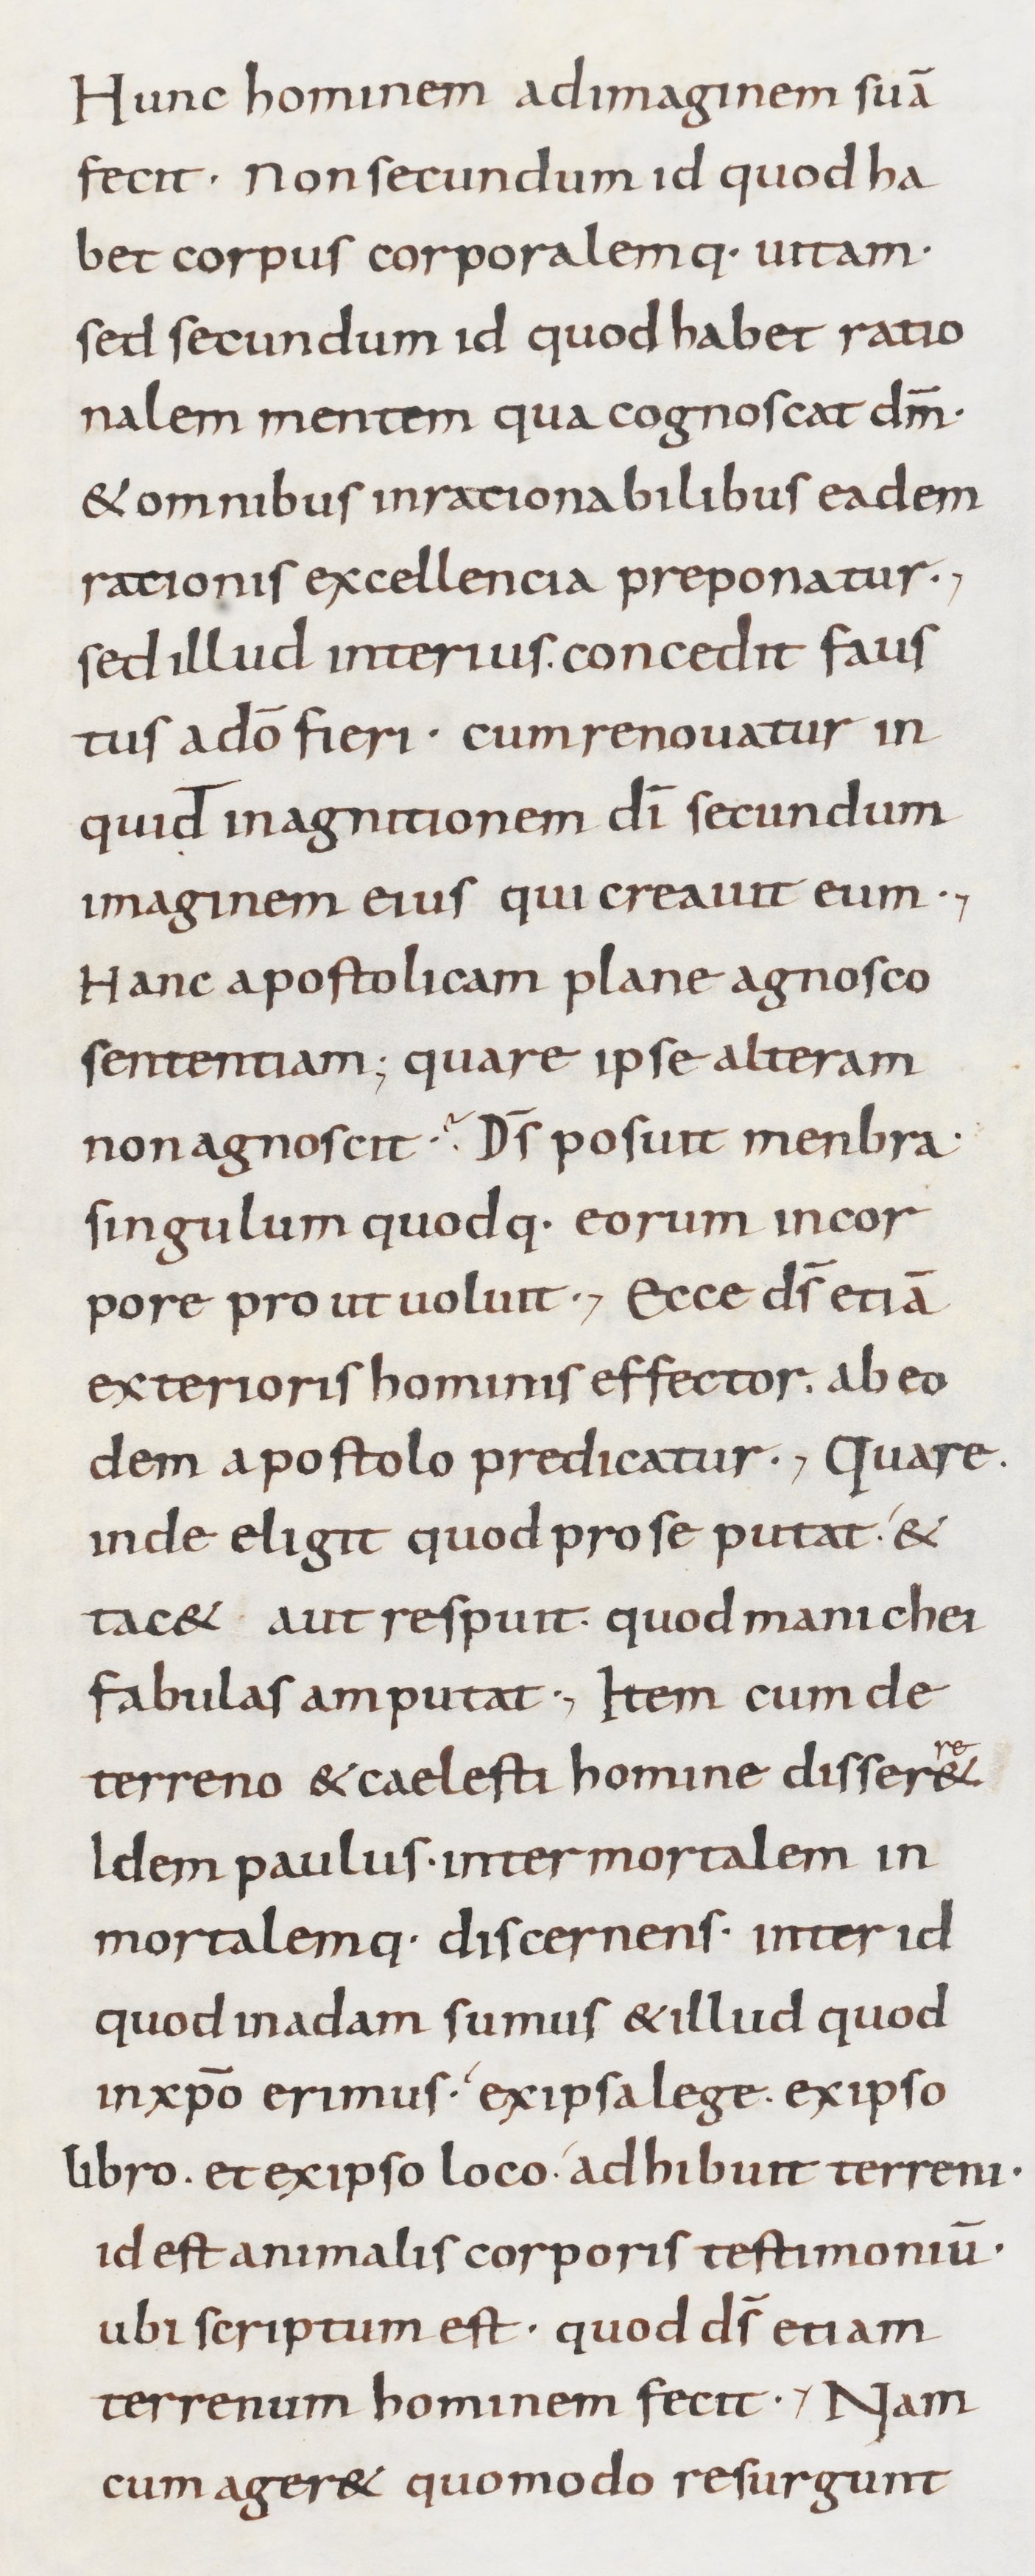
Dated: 800–899